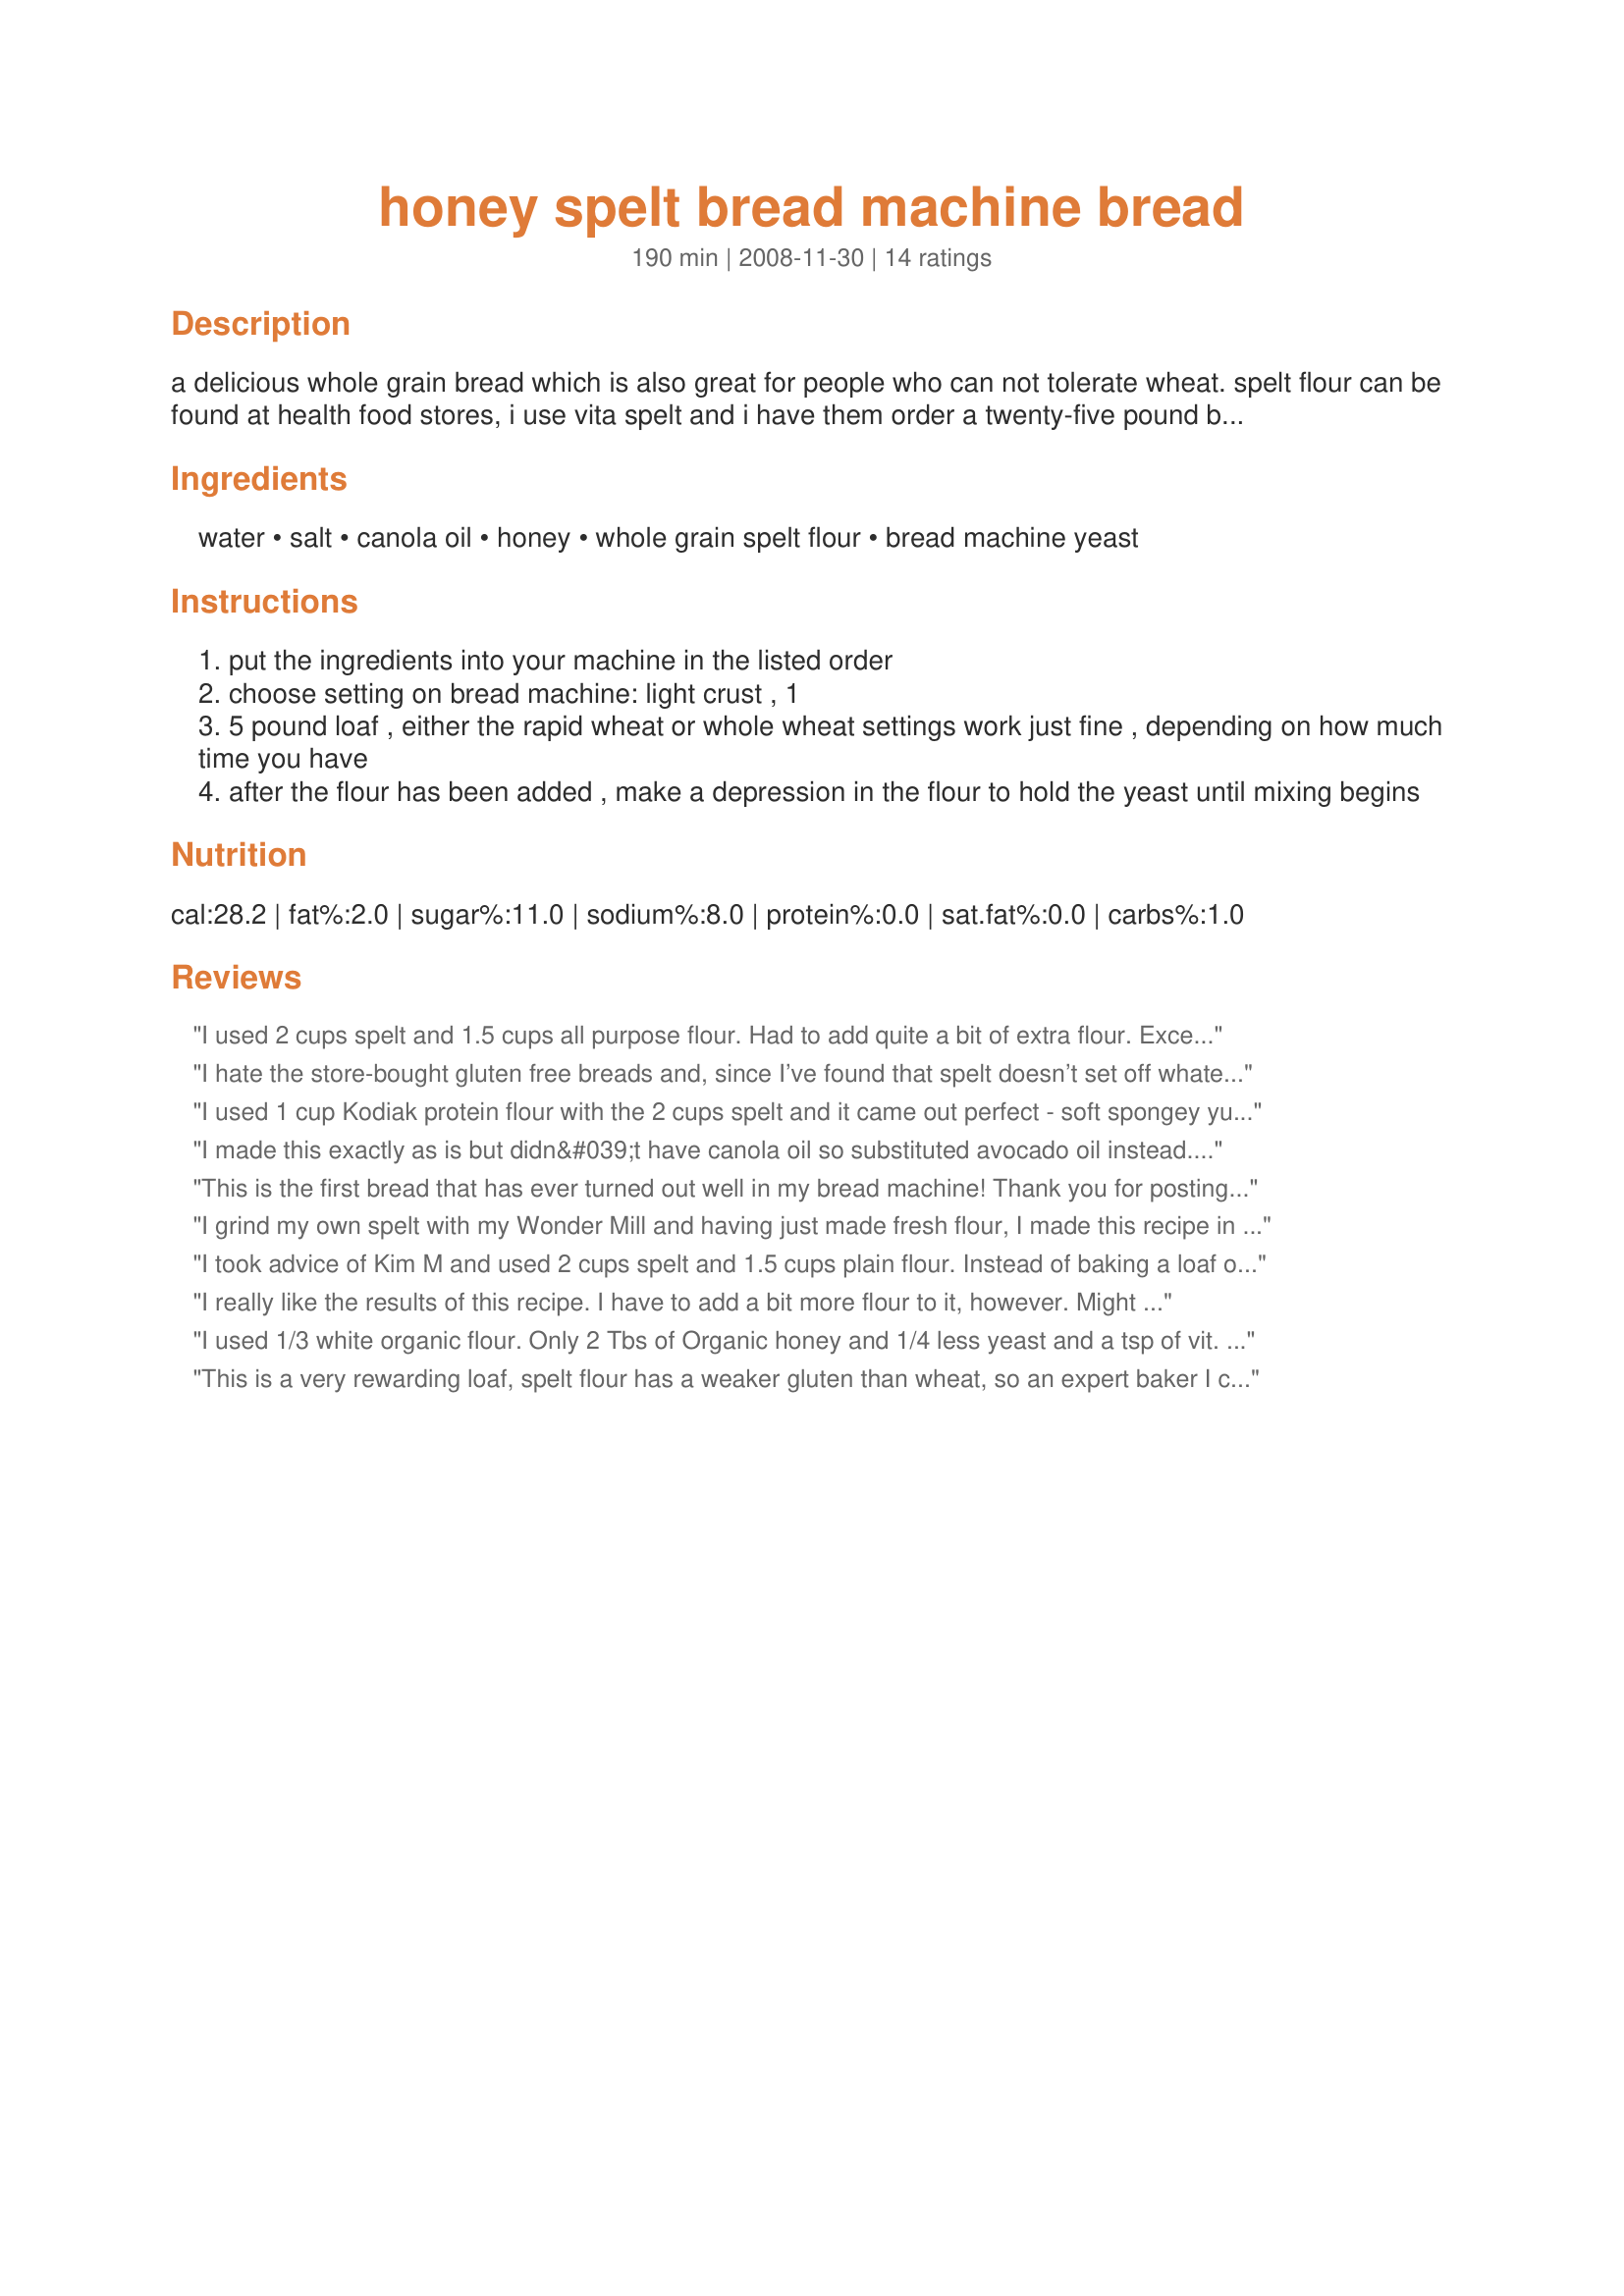
honey spelt bread machine bread
Preparation time: 190 minutes

a delicious whole grain bread which is also great for people who can not tolerate wheat. spelt flour can be found at health food stores, i use vita spelt and i have them order a twenty-five pound bag for use in all of my baking. i got the original recipe out of a friends "breadman" cookbook, but i have modified it slightly over the years.

Ingredients:
water, salt, canola oil, honey, whole grain spelt flour, bread machine yeast

Steps:
put the ingredients into your machine in the listed order
choose setting on bread machine: light crust , 1
5 pound loaf , either the rapid wheat or whole wheat settings work just fine , depending on how much time you have
after the flour has been added , make a depression in the flour to hold the yeast until mixing begins

Reviews:
I used 2 cups spelt and 1.5 cups all purpose flour. Had to add quite a bit of extra flour. Excellent taste and texture, and I will make this again for sure. Thanks for the recipe.
I hate the store-bought gluten free breads and, since I’ve found that spelt doesn’t set off whatever my wheat/gluten issue is, I decided to try this recipe. Delicious!!! It was a hair too much liquid, but otherwise perfect. I used 3 cups of spelt and half a cup of gluten free all purpose flour to start, and it was amazing. I’m going to make sandwich rolls next - thank you for this recipe!
I used 1 cup Kodiak protein flour with the 2 cups spelt and it came out perfect - soft spongey yummy (with higher protein) &amp; very filling.
I made this exactly as is but didn&#039;t have canola oil so substituted avocado oil instead. I pulled out my 26 year old Black and Decker bread machine and set it up to work overnight. A beautiful tender loaf greeted me when I woke up. My teenagers love the taste of this bread. I had no bloating after eating it as I typically do after eating white or whole wheat bread. Tasty and nutritious!
This is the first bread that has ever turned out well in my bread machine! Thank you for posting! The bread makes great toast!
I grind my own spelt with my Wonder Mill and having just made fresh flour, I made this recipe in my mini Zoji bread maker. After kneading, the dough was too watery so I had to add several TBSP more flour until it was a nice ball. I also used 2 1/4 Tbsp butter instead of oil. It came out perfect and delicious. I tried making it again and this time I put about 1/8 cup less water than it calls for and it was perfect without having to add any more flour. I love this recipe!
I took advice of Kim M and used 2 cups spelt and 1.5 cups plain flour. Instead of baking a loaf of bread, I divided it into 12 rolls before letting rise the second time. My bread maker makes funny shaped bread! Brushed with egg white and added poppy seeds or sesame seeds on each roll. Baked for 20 minutes at 400. Might change to 375 next time as they got a little browned but delicious!
I really like the results of this recipe. I have to add a bit more flour to it, however. Might be my sloppy measurements. I used freshly-milled spelt flour the first time, and this time I am using a mixture of einkorn and spelt. The flavor of the first loaf is amazing! I couldn&#039;t be happier about how well it turned out using the whole wheat setting on my Oster breadmaker. Kudos to the author!!
I used 1/3 white organic flour. Only 2 Tbs of Organic honey and 1/4 less yeast and a tsp of vit. C powder. Came out nice and soft and not too sweet. I used the fast bake setting.
This is a very rewarding loaf, spelt flour has a weaker gluten than wheat, so an expert baker I consulted suggested it can be enhanced with a teaspoon or so of fresh lemon juice in the water which I always test for temperature 110 F. We also use the shortest setting for 1 1/2 pound loaf so as not to overwork it. In our research, we found that this ancient grain has not been modified, and is always minimally processed, this is possibly why those with wheat sensitivity or who are prone to inflammation tolerate it better.
I used 2 cups spelt and 1.5 cups plain and it was absolutely the most delish bread I&#039;ve ever made. Perfect consistency, light and moist inside.&lt;br/&gt;&lt;br/&gt;I&#039;ll use this recipe over and over!
I altered this just a little- I did 2 cups spelt and 1.5 cups whole wheat, plus added some sunflower seeds and ground flax just for fun... it caved in just a bit but it is delicious bread, I will definitely make it again. Thanks for sharing!
I tired this recipe late last night and didn&#039;t remember to take it out before going to bed. When I woke up this morning, the bread popped right out of the machine and was perfect....soft, chewy and delicious! The only change I made was I used 2 cups of spelt flour and 1.5 cups of white flour. So happy I found my new go to spelt bread recipe!
Thank you for sharing this simple but wonderful recipe! This is the only bread my husband and I eat, and we use it for toast and sandwiches. I usually use 3 cups of spelt and 1/2 cup of rye. And I like to combine molasses and honey in various ratios as the sweetener. The bread always comes out a bit dense, but I have found that first cutting the loaf lengthwise, and then treating the two halves as separate loaves (you end up with half sandwich slices) helps. I also like to use olive oil instead of canola. This bread always comes out tasting great! Thanks!
